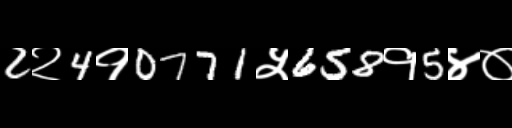
Text: 2२4१0771५658१5४०